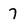
Character: 7